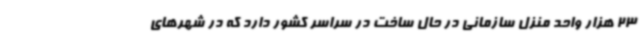
23 هزار واحد منزل سازمانی در حال ساخت در سراسر کشور دارد که در شهرهای